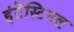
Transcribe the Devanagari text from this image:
इंटेस्टिनल